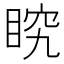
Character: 𭾶